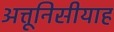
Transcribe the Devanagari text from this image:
अत्तूनिसीयाह